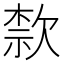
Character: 歀